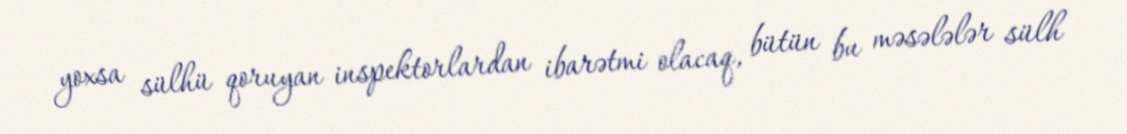
yoxsa sülhü qoruyan inspektorlardan ibarətmi olacaq, bütün bu məsələlər sülh